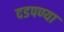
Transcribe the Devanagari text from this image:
दडपण्या